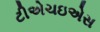
ટીએચઇએસ